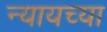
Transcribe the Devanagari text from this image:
न्यायच्या